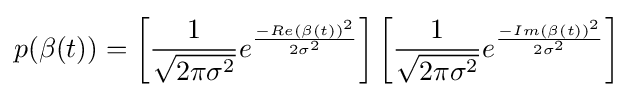
p(\beta (t))=\left[{\frac {1}{\sqrt {2\pi \sigma ^{2}}}}e^{\frac {-{Re(\beta (t))}^{2}}{2\sigma ^{2}}}\right]\left[{\frac {1}{\sqrt {2\pi \sigma ^{2}}}}e^{\frac {-{Im(\beta (t))}^{2}}{2\sigma ^{2}}}\right]